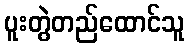
ပူးတွဲတည်ထောင်သူ